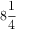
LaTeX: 8 { \frac { 1 } { 4 } }